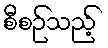
စီစဉ်သည့်